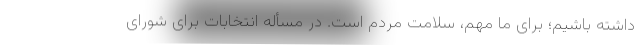
داشته باشیم؛ برای ما مهم، سلامت مردم است. در مسأله انتخابات برای شورای